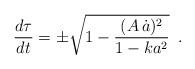
LaTeX: \begin{align*}\frac{d\tau}{dt} = \pm \sqrt{1 - \frac{(A\,\dot{a})^2}{1-ka^2}} \,\,\, .\end{align*}